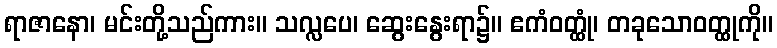
ရာဇာနော၊ မင်းတို့သည်ကား။ သလ္လပေ၊ ဆွေးနွေးရာ၌။ ဧကံဝတ္ထုံ၊ တခုသောဝတ္ထုကို။